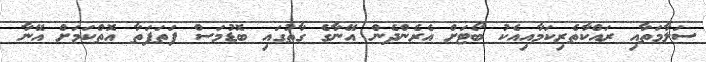
ސަލާމަތާއި ރައްކާތެރިކަމާއިއެކު ބޯޓަށް އެރެންދެން އޭނާގެ ގާތުގައި ބޮޑުމަސް ފަތަފަތާ އޮތްކަމަށް އޭނާ